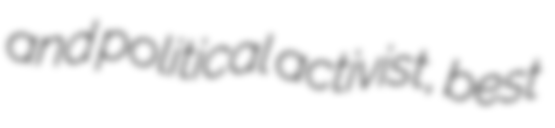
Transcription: and political activist, best